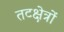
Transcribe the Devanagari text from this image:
तटक्षेत्रों